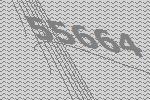
55664